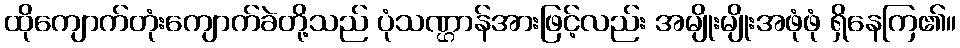
ထိုကျောက်တုံးကျောက်ခဲတို့သည် ပုံသဏ္ဌာန်အားဖြင့်လည်း အမျိုးမျိုးအဖုံဖုံ ရှိနေကြ၏။